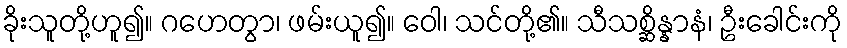
ခိုးသူတို့ဟူ၍။ ဂဟေတွာ၊ ဖမ်းယူ၍။ ဝေါ၊ သင်တို့၏။ သီသစ္ဆိန္နာနံ၊ ဦးခေါင်းကို